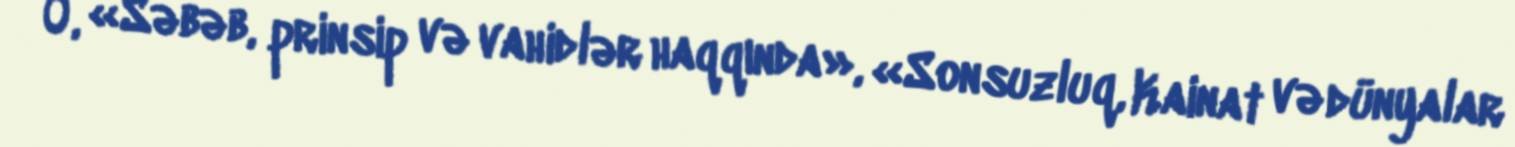
O, «Səbəb, prinsip və vahidlər haqqında», «Sonsuzluq, Kainat və dünyalar